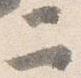
二